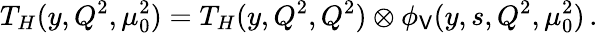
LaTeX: T_{H}(y,Q^{2},\mu_{0}^{2})=T_{H}(y,Q^{2},Q^{2})\otimes\phi_{\mathsf{V}}(y,s,Q^{2},\mu_{0}^{2})\, .